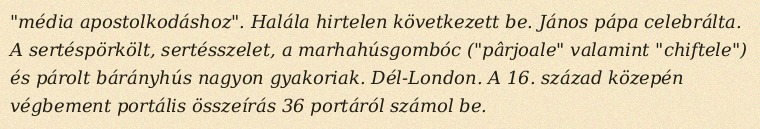
"média apostolkodáshoz". Halála hirtelen következett be. János pápa celebrálta. A sertéspörkölt, sertésszelet, a marhahúsgombóc ("pârjoale" valamint "chiftele") és párolt bárányhús nagyon gyakoriak. Dél-London. A 16. század közepén végbement portális összeírás 36 portáról számol be.